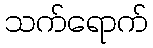
သက်ရောက်